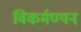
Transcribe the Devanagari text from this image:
विकर्मण्यन